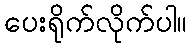
ပေးရိုက်လိုက်ပါ။